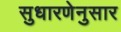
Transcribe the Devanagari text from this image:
सुधारणेनुसार